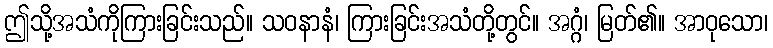
ဤသို့အသံကိုကြားခြင်းသည်။ သဝနာနံ၊ ကြားခြင်းအသံတို့တွင်။ အဂ္ဂံ၊ မြတ်၏။ အာဝုသော၊